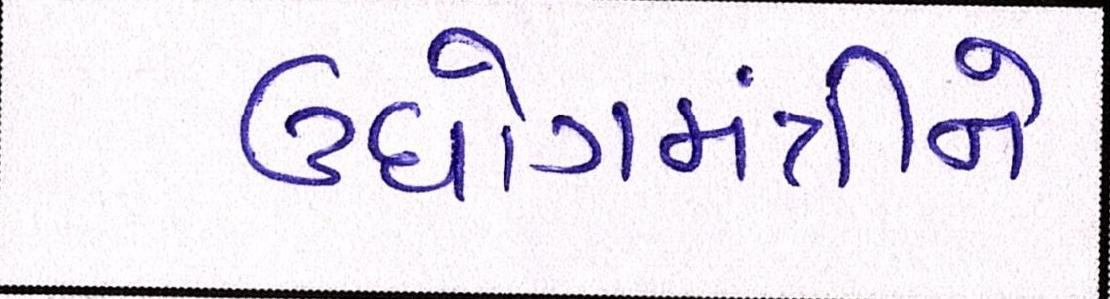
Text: ઉધોગમંત્રીને